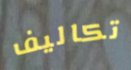
تكاليف